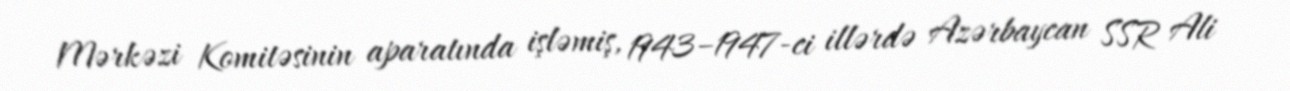
Mərkəzi Komitəsinin aparatında işləmiş, 1943–1947-ci illərdə Azərbaycan SSR Ali